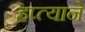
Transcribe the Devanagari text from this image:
हप्त्याने